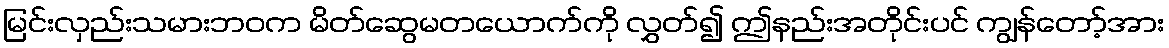
မြင်းလှည်းသမားဘဝက မိတ်ဆွေမတယောက်ကို လွှတ်၍ ဤနည်းအတိုင်းပင် ကျွန်တော့်အား